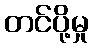
တင်ပို့မှု